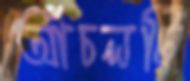
আঁচলটি